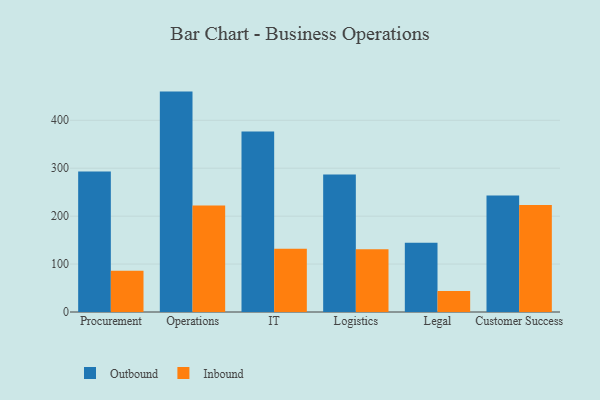
{"axis": {"x": "Department", "y": "Humidity (%)"}, "legend": ["Inbound", "Outbound"], "data": [{"x": "Procurement", "y": 293.3, "type": "Outbound"}, {"x": "Procurement", "y": 85.8, "type": "Inbound"}, {"x": "Operations", "y": 459.8, "type": "Outbound"}, {"x": "Operations", "y": 222.4, "type": "Inbound"}, {"x": "IT", "y": 376.8, "type": "Outbound"}, {"x": "IT", "y": 131.8, "type": "Inbound"}, {"x": "Logistics", "y": 286.9, "type": "Outbound"}, {"x": "Logistics", "y": 131.0, "type": "Inbound"}, {"x": "Legal", "y": 144.5, "type": "Outbound"}, {"x": "Legal", "y": 43.9, "type": "Inbound"}, {"x": "Customer Success", "y": 243.0, "type": "Outbound"}, {"x": "Customer Success", "y": 223.0, "type": "Inbound"}]}